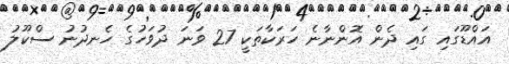
އައްޑޫގައި ގައި ދެން އޮންނާނެ ހަރަކާތަކީ 27 ވަނަ ދުވަހުގެ ހެނދުނު ސްކޫލު